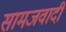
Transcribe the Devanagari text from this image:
सामजवादी